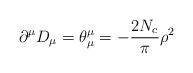
LaTeX: \begin{align*}\partial^{\mu} D_{\mu} = \theta^{\mu}_{\mu} = -\frac{2N_c}{\pi} \rho^2 \end{align*}